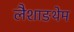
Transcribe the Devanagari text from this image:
लैशाङथेम